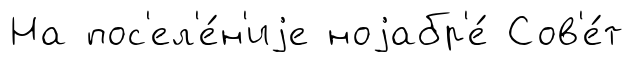
На пос'ел'е́н'иjе ноjабр'е́ Сов'е́т